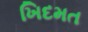
ખિદમત